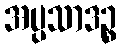
အပ္ပသာဒဉ္စ